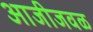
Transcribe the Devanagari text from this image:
आजीजवळ